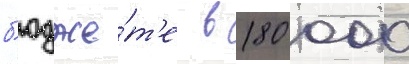
б'юдже́т'е в 180 000